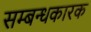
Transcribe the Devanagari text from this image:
सम्बन्धकारक